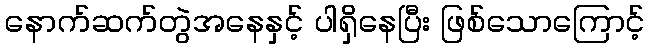
နောက်ဆက်တွဲအနေနှင့် ပါရှိနေပြီး ဖြစ်သောကြောင့်